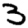
Digit: 3